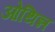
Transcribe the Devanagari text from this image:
ओथिन्न